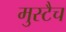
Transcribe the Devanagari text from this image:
मुस्टैच